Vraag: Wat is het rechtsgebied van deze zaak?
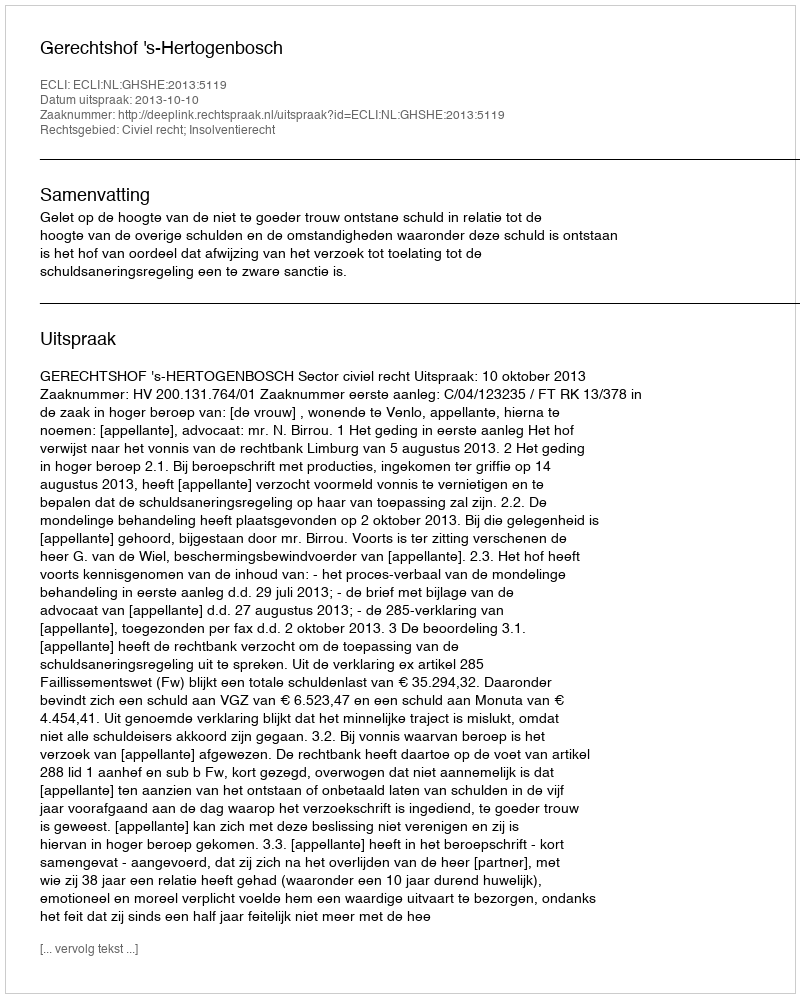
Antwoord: Civiel recht; Insolventierecht